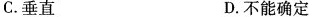
C.垂直 D.不能确定